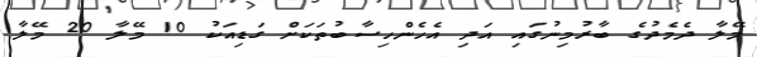
މޭލާ ދެމެދުގެ ބާރުމިނުގައި އަދި އެހެންހިސާބުތަކަށް ގަޑިއަކު 10 މޭލާ 20 މޭލާ